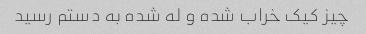
چیز کیک خراب شده و له شده به دستم رسید